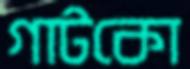
গাটকো